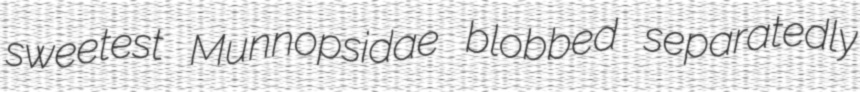
sweetest Munnopsidae blobbed separatedly